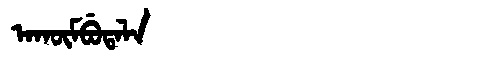
Manchu: ᠠᡴᡡᠮᠪᡠᡨᠠᠯᠠ
Romanization: AKŪMBUTALA